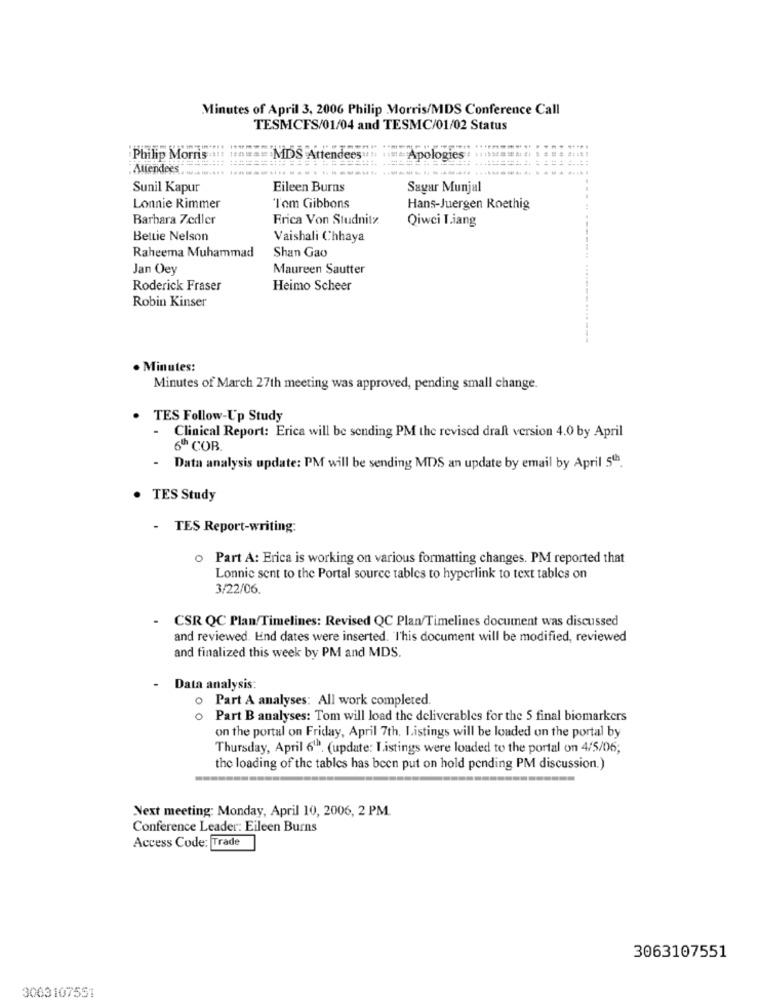
Minutes of April 3, 2006 Philip Morris/MDS Conference Call
TESMCFS/01/04 and TESMC/01/02 Status
Philip Morris
MDS Attendees ..
Apologies
Sunil Kapur
Eileen Burns
Sayar Munjal
Tom Gibbons
Lonnie Rimmer
Hans-Juergen Roethig
Barbara Zedler
Frica Von Studnitz
Qiwci Liang
Bettie Nelson
Vaishali Chhaya
Raheema Muhammad
Shan Gao
Jan Oey
Maureen Sautter
Roderick Fraser
Heimo Scheer
Robin Kinser
. Minutes:
Minutes of March 27th meeting was approved, pending small change.
. TES Follow-Up Study
Clinical Report: Erica will be sending PM the revised draft version 4.0 by April
6" COB
- Data analysis update: PM will be sending MDS an update by email by April 5th.
· TES Study
- TES Report-writing:
o Part A: Erica is working on various formatting changes. PM reported that
Lonnie sent to the Portal source tables to hyperlink to text tables on
3/22/06.
- CSR QC Plan/Timelines: Revised QC Plan/Timelines document was discussed
and reviewed. Lind dates were inserted. l'his document will be modified, reviewed
and finalized this week by PM and MDS.
- Data analysis:
o Part A analyses: All work completed.
o Part B analyses: Tom will load the deliverables for the 5 final biomarkers
on the portal on Friday, April 7th, Listings will be loaded on the portal by
Thursday, April 6. (update: Listings were loaded to the portal on 4/5/06;
the loading of the tables has been put on hold pending PM discussion.)
---
Next meeting: Monday, April 10, 2006, 2 PM.
Conference Leader: Eileen Burns
Access Code: Trade
3063107551
3063107551